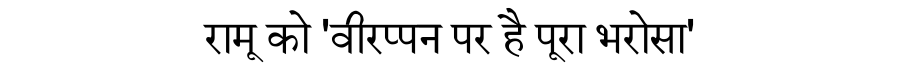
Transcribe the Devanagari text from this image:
रामू को 'वीरप्पन पर है पूरा भरोसा'